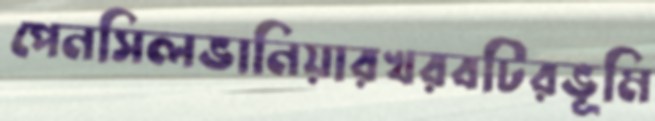
পেনসিলভানিয়ারখরবটিরভূমি